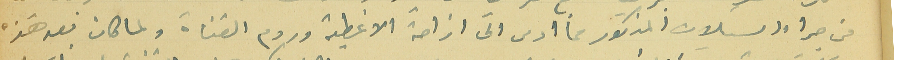
من جراء السيلان المذكور ما ادى الى ازاحة الاغطية وردم القناة ولما كان بعد هذه